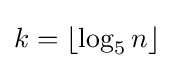
k=\left\lfloor \log _{5}n\right\rfloor